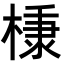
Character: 𭫗